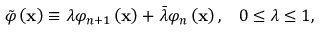
\tilde { \varphi } \left( \mathbf { x } \right) \equiv \lambda \varphi _ { n + 1 } \left( \mathbf { x } \right) + \bar { \lambda } \varphi _ { n } \left( \mathbf { x } \right) , \; \; \; 0 \leq \lambda \leq 1 ,